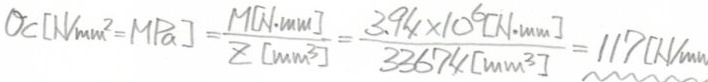
$\sigma_{c}[\mathrm{N} / \mathrm{mm}^{2}=\mathrm{MPa}]=\frac{M[\mathrm{N} \cdot \mathrm{mm}]}{Z\left[\mathrm{mm}^{3}\right]}=\frac{3.94 \times 10^{6}[\mathrm{N} \cdot \mathrm{mm}]}{33674\left[\mathrm{mm}^{3}\right]}=117[\mathrm{N} / \mathrm{mm}$